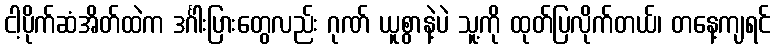
ငါ့ပိုက်ဆံအိတ်ထဲက ဒင်္ဂါးပြားတွေလည်း ဂုဏ် ယူစွာနဲ့ပဲ သူ့ကို ထုတ်ပြလိုက်တယ်၊ တနေ့ကျရင်